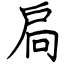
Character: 扃